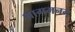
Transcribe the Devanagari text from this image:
आगमनम्